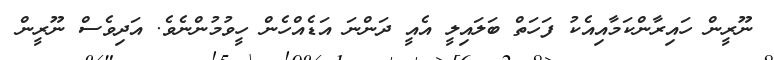
ނޫރީން ހައިރާންކަމާއިއެކު ފަހަތް ބަލައިލީ އެއީ ދަންނަ އަޑެއްހެން ހީވުމުންްނެވެ. އަދިވެސް ނޫރީން